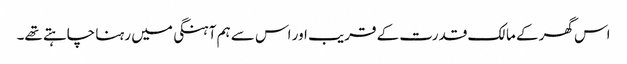
اس گھر کے مالک قدرت کے قریب اور اس سے ہم آہنگی میں رہنا چاہتے تھے۔